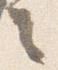
言